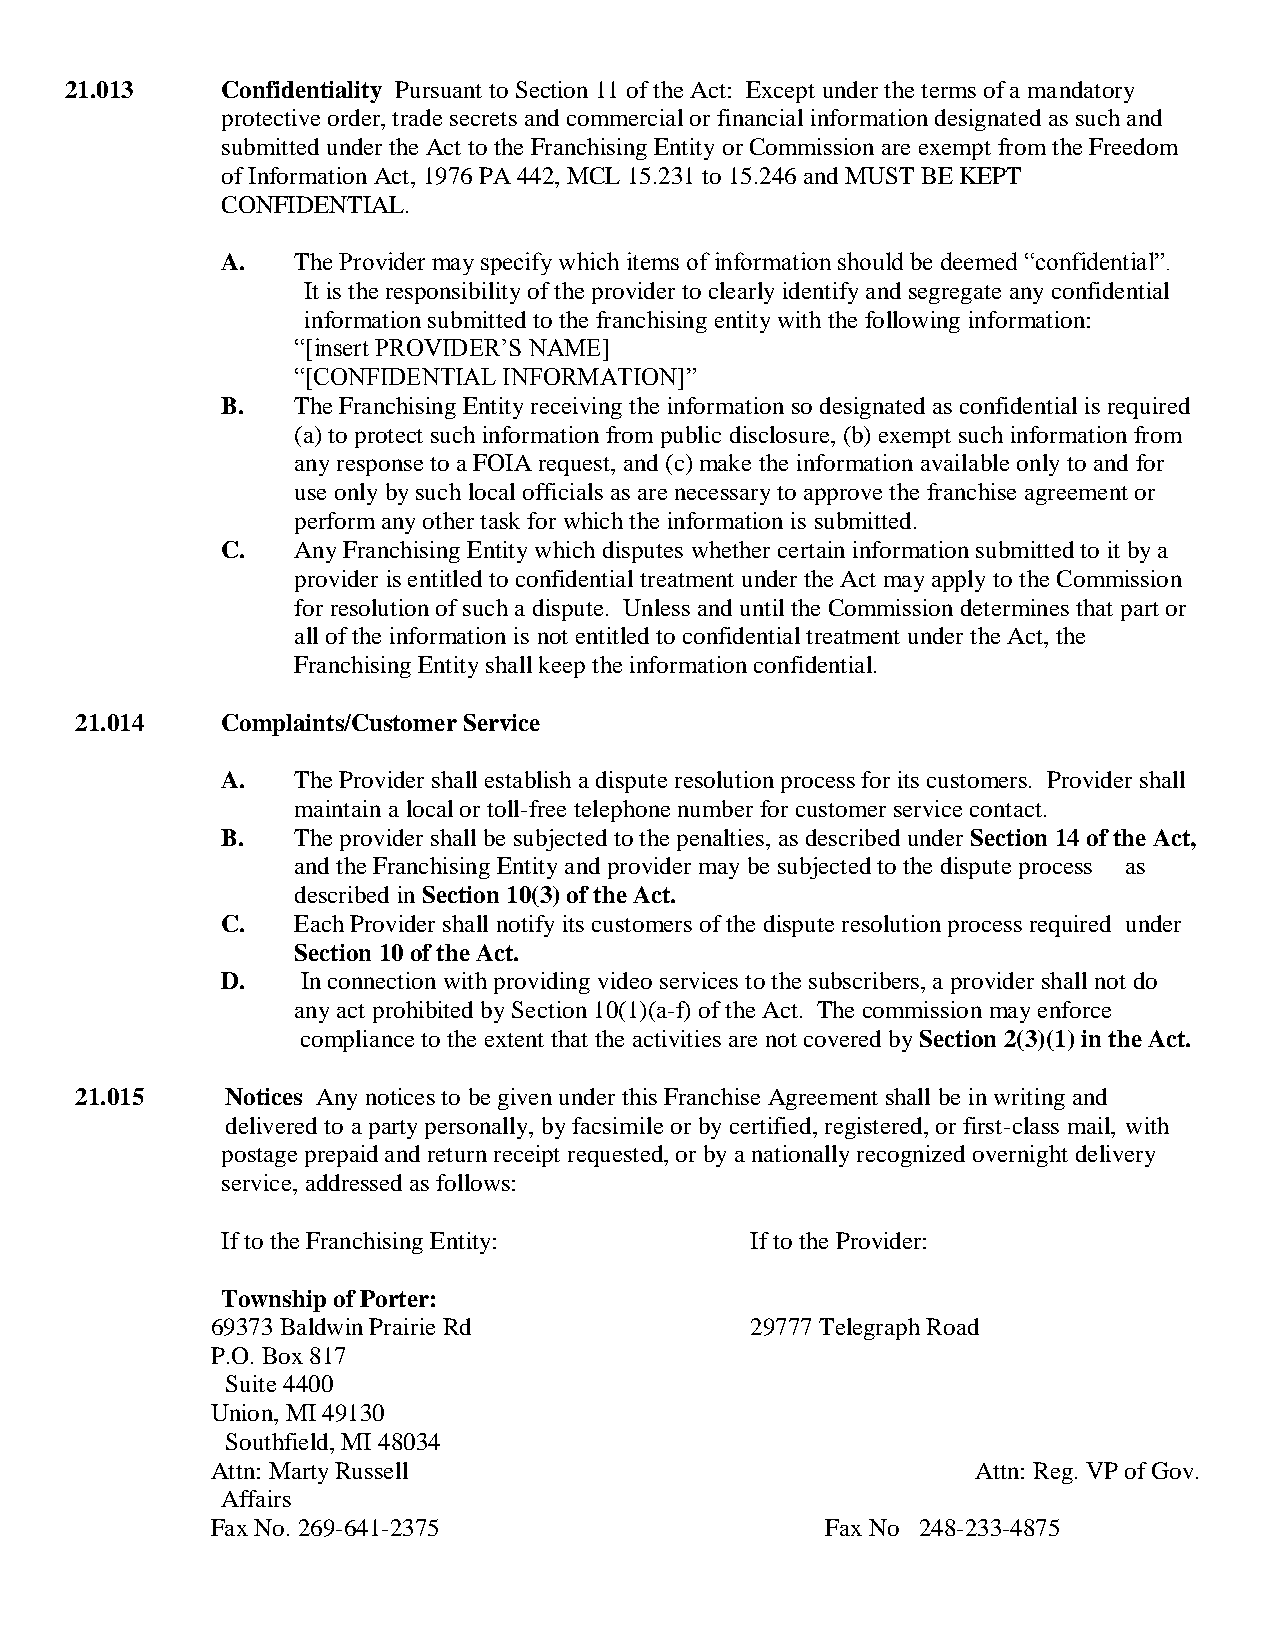
21.013     Confidentiality Pursuant to Section 11 of the Act: Except under the terms of a mandatory
 protective order, trade secrets and commercial or financial information designated as such and
 submitted under the Act to the Franchising Entity or Commission are exempt from the Freedom
 of Information Act, 1976 PA 442, MCL 15.231 to 15.246 and MUST BE KEPT
 CONFIDENTIAL.
 A.  The Provider may specify which items of information should be deemed “confidential”.
 It is the responsibility of the provider to clearly identify and segregate any confidential
 information submitted to the franchising entity with the following information:
 “[insert PROVIDER’S NAME]
 “[CONFIDENTIAL INFORMATION]”
 B.  The Franchising Entity receiving the information so designated as confidential is required
 (a) to protect such information from public disclosure, (b) exempt such information from
 any response to a FOIA request, and (c) make the information available only to and for
 use only by such local officials as are necessary to approve the franchise agreement or
 perform any other task for which the information is submitted.
 C.  Any Franchising Entity which disputes whether certain information submitted to it by a
 provider is entitled to confidential treatment under the Act may apply to the Commission
 for resolution of such a dispute. Unless and until the Commission determines that part or
 all of the information is not entitled to confidential treatment under the Act, the
 Franchising Entity shall keep the information confidential.
 21.014    Complaints/Customer Service
 A.  The Provider shall establish a dispute resolution process for its customers. Provider shall
 maintain a local or toll-free telephone number for customer service contact.
 B.  The provider shall be subjected to the penalties, as described under Section 14 of the Act,
 and the Franchising Entity and provider may be subjected to the dispute process as
 described in Section 10(3) of the Act.
 C.  Each Provider shall notify its customers of the dispute resolution process required under
 Section 10 of the Act.
 D.   In connection with providing video services to the subscribers, a provider shall not do
 any act prohibited by Section 10(1)(a-f) of the Act. The commission may enforce
 compliance to the extent that the activities are not covered by Section 2(3)(1) in the Act.
 21.015    Notices Any notices to be given under this Franchise Agreement shall be in writing and
 delivered to a party personally, by facsimile or by certified, registered, or first-class mail, with
 postage prepaid and return receipt requested, or by a nationally recognized overnight delivery
 service, addressed as follows:
 If to the Franchising Entity:      If to the Provider:
 Township of Porter:
 69373 Baldwin Prairie Rd            29777 Telegraph Road
 P.O. Box 817
 Suite 4400
 Union, MI 49130
 Southfield, MI 48034
 Attn: Marty Russell                                Attn: Reg. VP of Gov.
 Affairs
 Fax No. 269-641-2375                     Fax No 248-233-4875